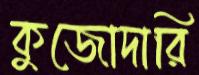
কুজোদারি